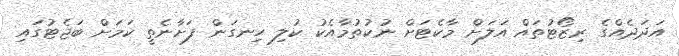
އަދަދެއްގެ ރިޒޯޓުތައް އަލަށް މާކެޓަށް ނުކުތުމާއެކު ކުލި ހިނގަން ފަށާނެތީ ކަމަށް ބަޖެޓުގައި